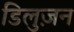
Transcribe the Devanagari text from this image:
डिलुज़न